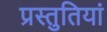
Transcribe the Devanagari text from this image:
प्रस्‍तुतियां